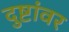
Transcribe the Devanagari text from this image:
दुष्टांवर